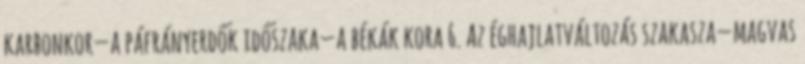
karbonkor—a páfrányerdők időszaka—a békák kora 6. Az éghajlatváltozás szakasza—magvas